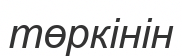
төркінін